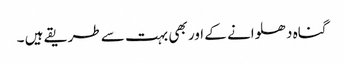
گناہ دھلوانے کے اور بھی بہت سے طریقے ہیں ۔